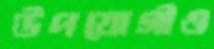
উপযোগীও